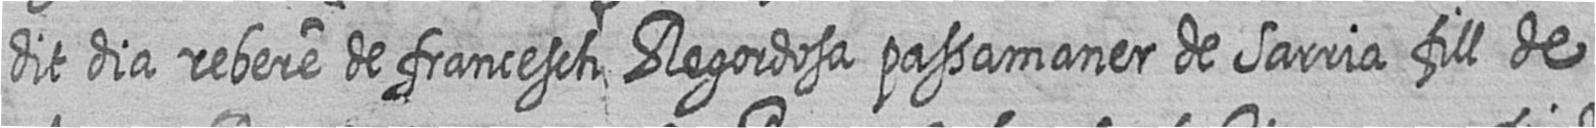
dit dia rebere de francesch Regordosa passamaner de Sarria fill de